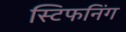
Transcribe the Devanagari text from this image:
स्टिफनिंग